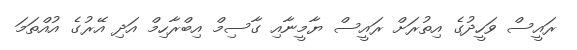
ރައީސް ވަހީދުގެ އިތުރަށް ރައީސް ޔާމީނާއި ގާސިމް އިބްރާހިމް އަދި އޭރުގެ އުއްތަމަ